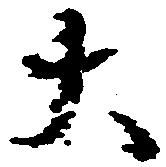
大